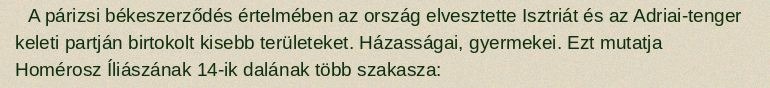
A párizsi békeszerződés értelmében az ország elvesztette Isztriát és az Adriai-tenger keleti partján birtokolt kisebb területeket. Házasságai, gyermekei. Ezt mutatja Homérosz Íliászának 14-ik dalának több szakasza: